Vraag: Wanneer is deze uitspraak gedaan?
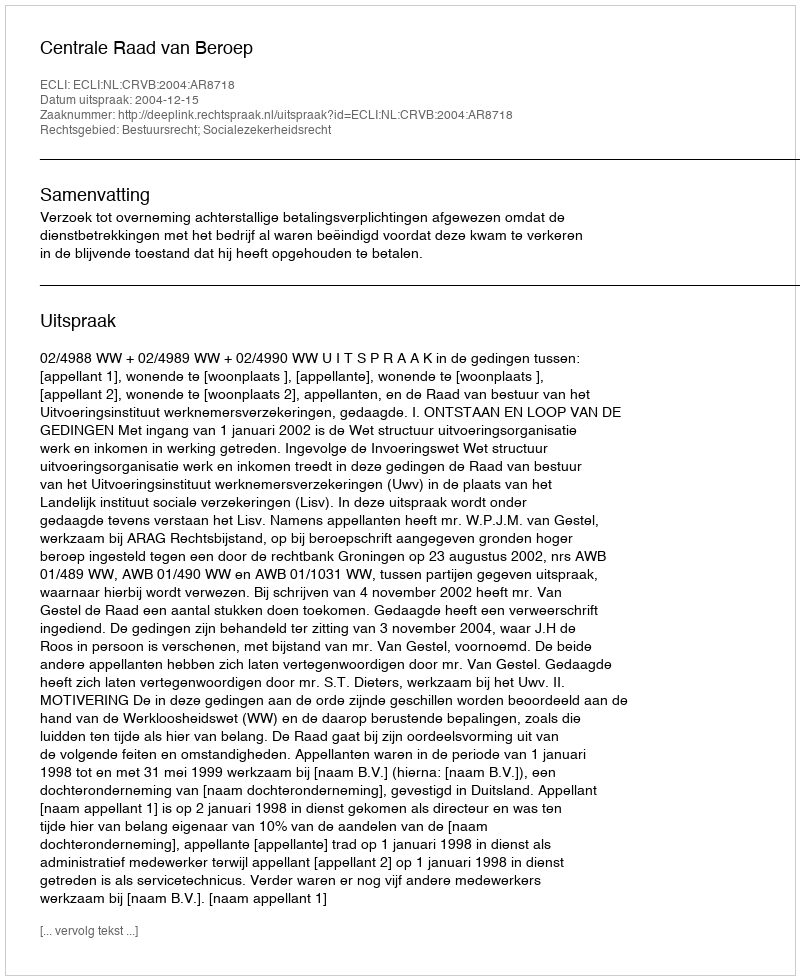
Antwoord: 2004-12-15